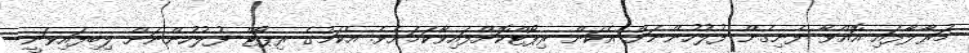
މަރާލާފައި އޮއްވާ ފެނިގެން ފުލުހުންނަށް އެކަން ރިޕޯޓްކޮށްފައިވާކަމަށެވެ. އެކަމުގެ ރިޕޯޓް ފުލުހުންނަށް ލިބިފައިވަނީ